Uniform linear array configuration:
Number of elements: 64
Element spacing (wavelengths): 1
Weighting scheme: uniform
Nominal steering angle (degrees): -15
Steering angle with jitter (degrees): -13.614
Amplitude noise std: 0.05
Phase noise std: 0.05

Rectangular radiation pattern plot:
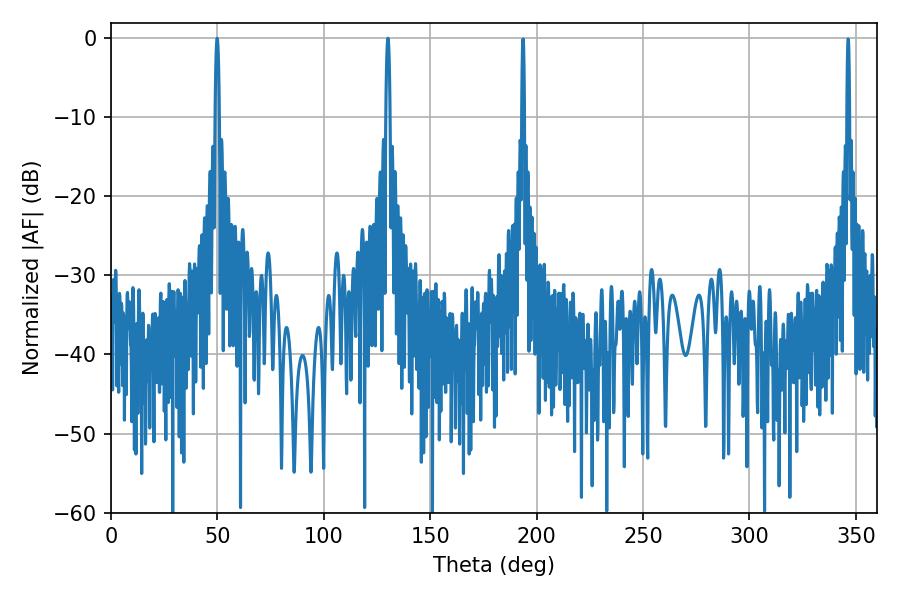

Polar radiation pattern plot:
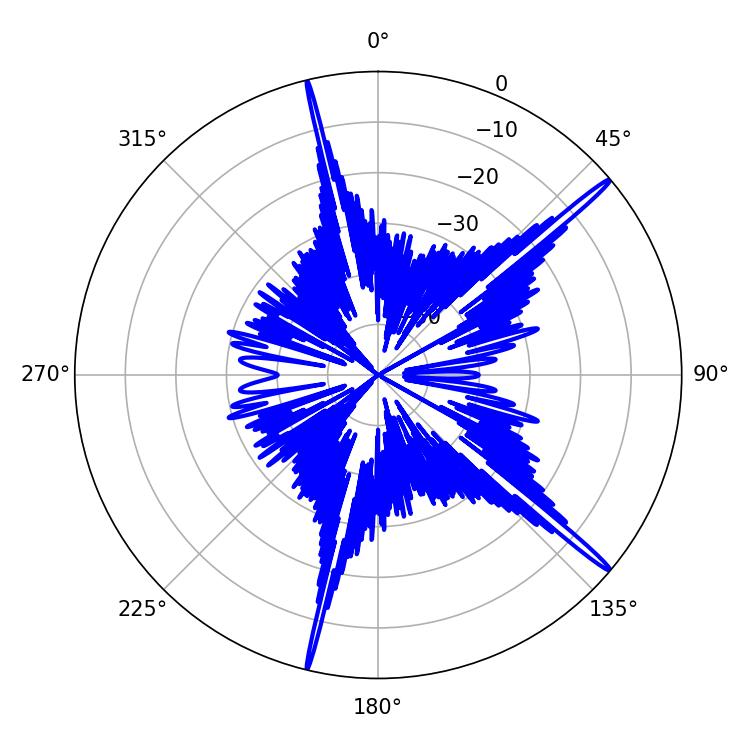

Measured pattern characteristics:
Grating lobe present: TRUE
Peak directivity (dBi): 18.335
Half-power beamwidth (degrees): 1.08
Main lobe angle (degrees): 49.86